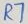
Text: R7